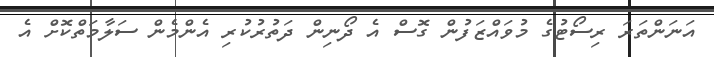
އަނަންތަރަ ރިސޯޓުގެ މުވައްޒަފުން ގޮސް އެ ދޯނިން ދަތުރުކުރި އެންމެން ސަލާމަތްކޮށް އެ